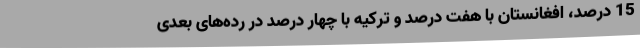
15 درصد، افغانستان با هفت درصد و ترکیه با چهار درصد در رده‌های بعدی